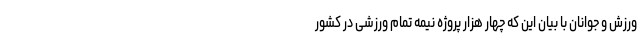
ورزش و جوانان با بیان این که چهار هزار پروژه نیمه تمام ورزشی در کشور